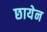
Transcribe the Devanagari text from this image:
छायेन